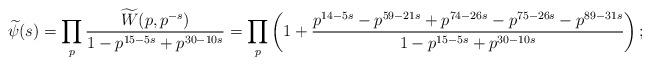
LaTeX: \begin{align*} \widetilde{\psi}(s) = \prod_p \frac{\widetilde{W}(p,p^{-s})}{1-p^{15-5s}+p^{30-10s}} = \prod_p \left( 1 + \frac{p^{14-5s} - p^{59-21s} + p^{74-26s} - p^{75-26s} - p^{89 -31s}}{1-p^{15-5s}+p^{30-10s}} \right);\end{align*}